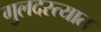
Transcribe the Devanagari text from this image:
गुलदस्त्यात